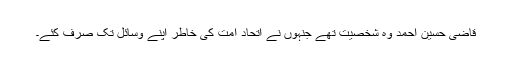
قاضی حسین احمد وہ شخصیت تھے جنہوں نے اتحاد امت کی خاطر اپنے وسائل تک صرف کئے۔